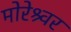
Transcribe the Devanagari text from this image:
मोरेश्र्वर